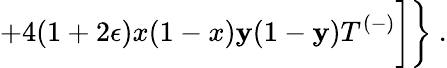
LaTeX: +4(1+2\epsilon)x(1-x)\mathbf{y}(1-\mathbf{y})T^{(-)}\biggr]\biggr\} ~.